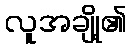
လူအချို့၏